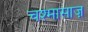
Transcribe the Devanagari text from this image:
चश्मासाज़